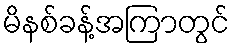
မိနစ်ခန့်အကြာတွင်